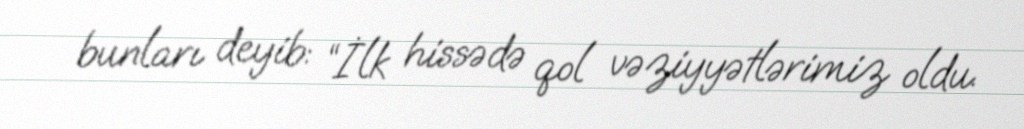
bunları deyib: “İlk hissədə qol vəziyyətlərimiz oldu.